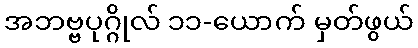
အဘဗ္ဗပုဂ္ဂိုလ် ၁၁-ယောက် မှတ်ဖွယ်